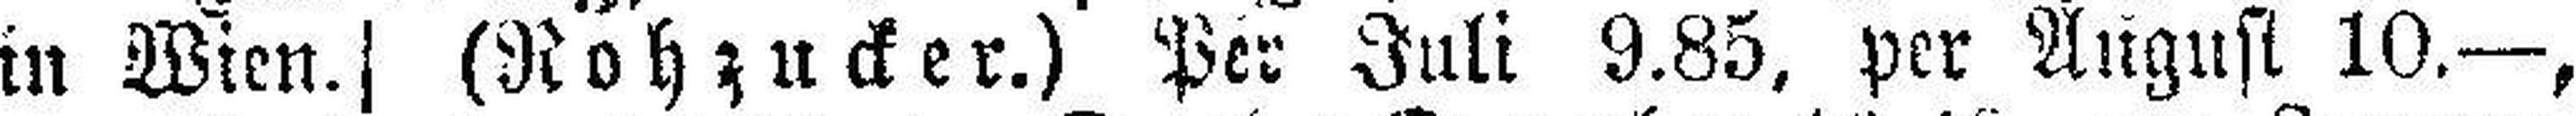
in Wien.] (Rohzucker.) Per Juli 9.85, per August 10.—,